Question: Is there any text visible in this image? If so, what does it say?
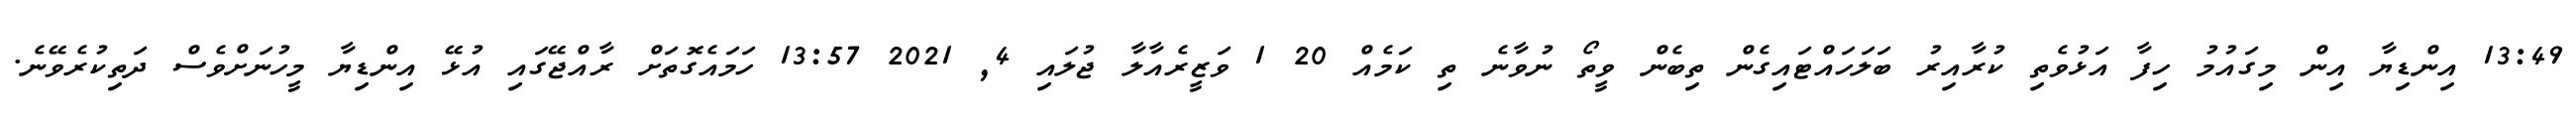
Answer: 13:49 އިންޑިޔާ އިން މިގައުމު ހިފާ އަޅުވެތި ކުރާއިރު ބަލަހައްޓައިގެން ތިބެން ވީތޯ ނުވާނެ ތި ކަމެއް 20 1 ވަޒީރެއާލާ ޖުލައި 4, 2021 13:57 ހަމައެގޮތަށް ރާއްޖޭގައި އުޅޭ އިންޑިޔާ މީހުނަށްވެސް ދަތިކުރެވޭނެ.